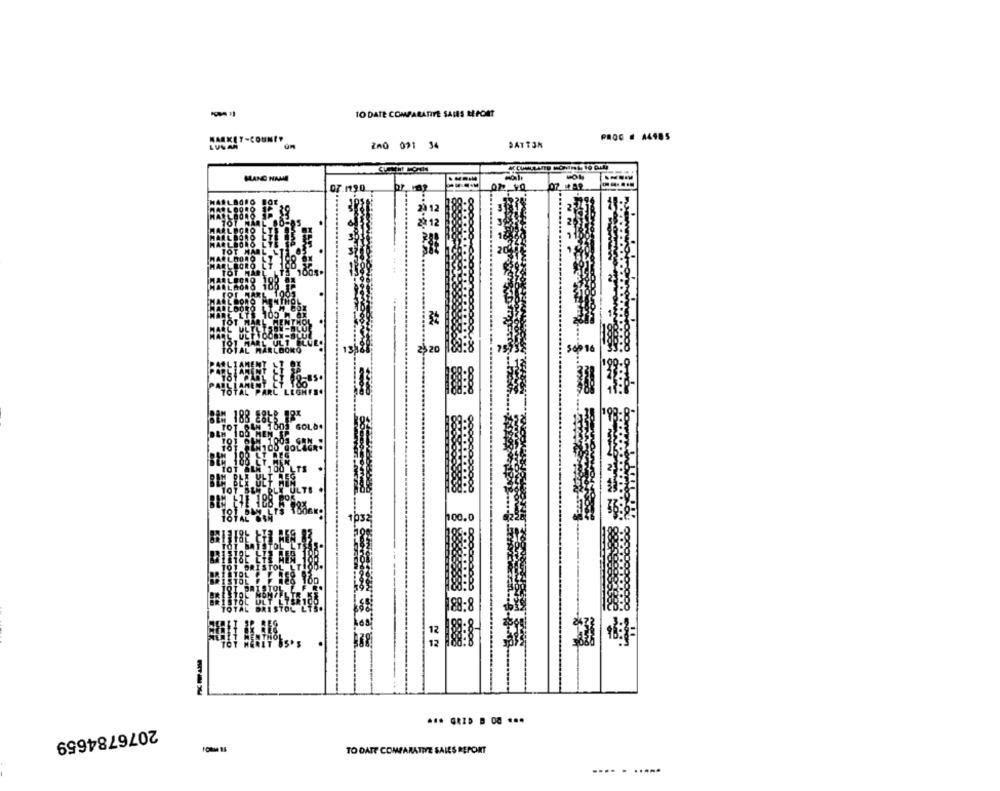
TO DATE COMPARATIVE SAMES REPORT
SATT3N
ZA0 021 34
MANG NAMM
07 4A2
,20
TOT OWN 1003 GOLD.
DEM 100 MEN IP
181 04M 1003 GAN
BE 188 EY
TOT ALN 100 LTS
TOT BI
OF.EL BLY ULT
100.0
101 0015
188:8
2076784659
TO DATE COMPARATIVE SALES REPORT
-... . .....